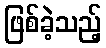
ဖြစ်ခဲ့သည့်